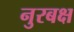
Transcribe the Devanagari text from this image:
नुरबक्ष